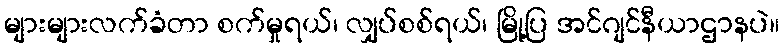
များများလက်ခံတာ စက်မှုရယ်၊ လျှပ်စစ်ရယ်၊ မြို့ပြ အင်ဂျင်နီယာဌာနပဲ။